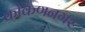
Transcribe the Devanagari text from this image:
कोकणनगर